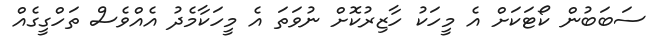
ސަބަބުން ކޯޓަކަށް އެ މީހަކު ހާޒިރުކޮށް ނުވަތަ އެ މީހަކާމެދު އެއްވެސް ތަހްގީގެއް